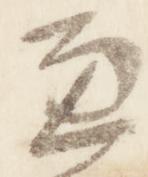
兼